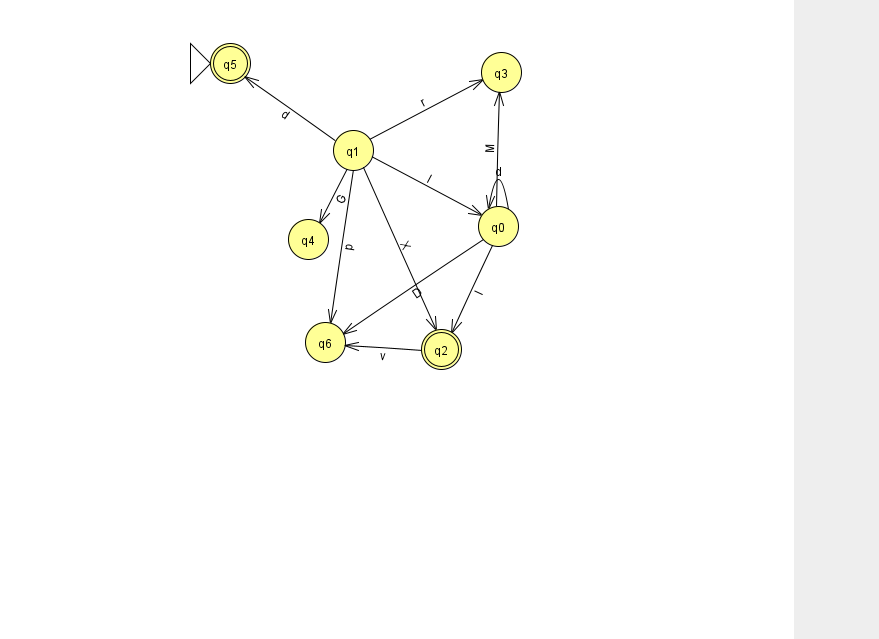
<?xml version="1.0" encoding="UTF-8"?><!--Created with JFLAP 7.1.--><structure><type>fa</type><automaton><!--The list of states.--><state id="0" name="q0"><x>498.0</x><y>213.0</y></state><state id="1" name="q1"><x>353.0</x><y>137.0</y></state><state id="2" name="q2"><x>441.0</x><y>336.0</y><final/></state><state id="3" name="q3"><x>501.0</x><y>59.0</y></state><state id="4" name="q4"><x>308.0</x><y>226.0</y></state><state id="5" name="q5"><x>230.0</x><y>50.0</y><initial/><final/></state><state id="6" name="q6"><x>325.0</x><y>329.0</y></state><!--The list of transitions.--><transition><from>1</from><to>5</to><read>d</read></transition><transition><from>0</from><to>0</to><read>d</read></transition><transition><from>0</from><to>3</to><read>M</read></transition><transition><from>1</from><to>4</to><read>G</read></transition><transition><from>1</from><to>0</to><read>l</read></transition><transition><from>0</from><to>2</to><read>l</read></transition><transition><from>1</from><to>3</to><read>r</read></transition><transition><from>0</from><to>6</to><read>D</read></transition><transition><from>1</from><to>6</to><read>p</read></transition><transition><from>1</from><to>2</to><read>X</read></transition><transition><from>2</from><to>6</to><read>v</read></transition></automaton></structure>